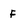
Character: F